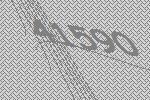
41590